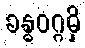
ခန္ဓဝဂ္ဂမှိ